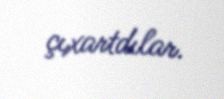
çıxartdılar.